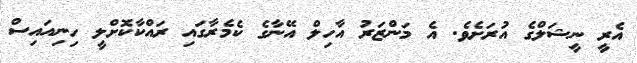
އެރީ ނީޝަލްގެ އުރަށެވެ. އެ މަންޒަރު އާހިލް އޭނާގެ ކެމެރާގައި ރައްކާކޮށްލީ ހިނިއައިސް